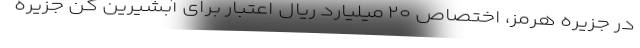
در جزیره هرمز، اختصاص ۲۰ میلیارد ریال اعتبار برای آبشیرین کن جزیره